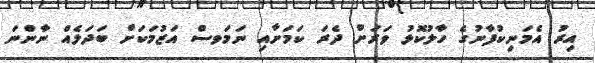
އިރު އެމަނިކުފާނުގެ ހާލުކޮޅު ވަރަށް ދެރަ ކަމަށާއި ނަމަވސް އަޒުމަކަށް ބަދަލެއް ނާންނަ